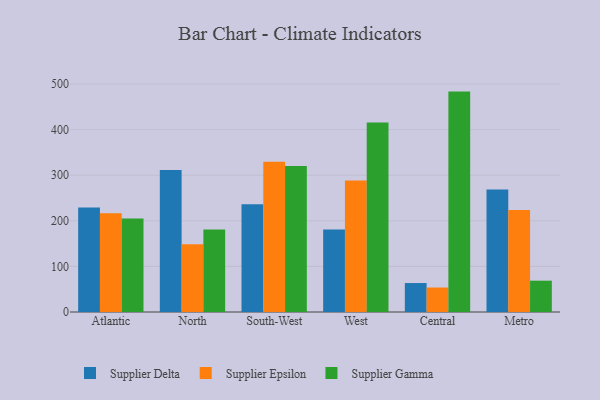
{"axis": {"x": "Region", "y": "Waste Production (Tons)"}, "legend": ["Supplier Delta", "Supplier Epsilon", "Supplier Gamma"], "data": [{"x": "Atlantic", "y": 229.4, "type": "Supplier Delta"}, {"x": "Atlantic", "y": 216.6, "type": "Supplier Epsilon"}, {"x": "Atlantic", "y": 205.0, "type": "Supplier Gamma"}, {"x": "North", "y": 311.5, "type": "Supplier Delta"}, {"x": "North", "y": 148.5, "type": "Supplier Epsilon"}, {"x": "North", "y": 180.9, "type": "Supplier Gamma"}, {"x": "South-West", "y": 236.3, "type": "Supplier Delta"}, {"x": "South-West", "y": 329.5, "type": "Supplier Epsilon"}, {"x": "South-West", "y": 320.4, "type": "Supplier Gamma"}, {"x": "West", "y": 181.2, "type": "Supplier Delta"}, {"x": "West", "y": 288.7, "type": "Supplier Epsilon"}, {"x": "West", "y": 415.5, "type": "Supplier Gamma"}, {"x": "Central", "y": 63.5, "type": "Supplier Delta"}, {"x": "Central", "y": 53.7, "type": "Supplier Epsilon"}, {"x": "Central", "y": 483.5, "type": "Supplier Gamma"}, {"x": "Metro", "y": 269.0, "type": "Supplier Delta"}, {"x": "Metro", "y": 223.6, "type": "Supplier Epsilon"}, {"x": "Metro", "y": 68.7, "type": "Supplier Gamma"}]}